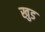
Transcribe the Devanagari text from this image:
खुड